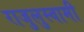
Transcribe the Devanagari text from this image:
राजुलुस्वामी